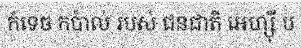
កំទេច កប៉ាល់ របស់ ជនជាតិ អេហ្ស៊ី ប